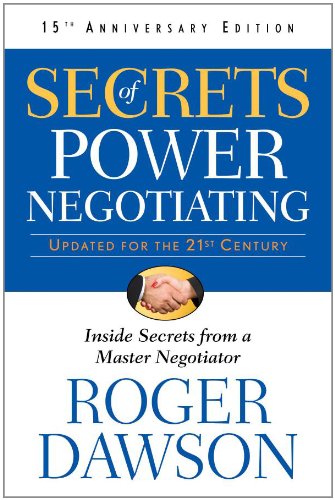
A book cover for Secrets of Power Negotiating, 15th Anniversary Edition: Inside Secrets from a Master Negotiator; Roger Dawson; Business & Money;